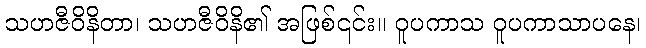
သဟဇီဝိနိတာ၊ သဟဇီဝိနိ၏ အဖြစ်၎င်း။ ဝူပကာသ ဝူပကာသာပနေ၊